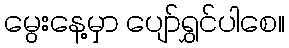
မွေးနေ့မှာ ပျော်ရွှင်ပါစေ။